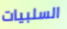
السلبيات